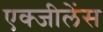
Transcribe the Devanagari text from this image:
एक्जीलेंस